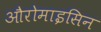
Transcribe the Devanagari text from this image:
औरोमाइसिन